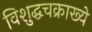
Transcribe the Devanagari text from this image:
विशुद्धचक्राख्ये